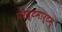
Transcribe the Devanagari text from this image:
पोस्टमार्टम्‌